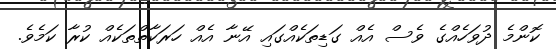
ކޮންމެ ދުވަހެއްގެ ވެސް އެއް ގަޑިތަކެއްގައި އޭނާ އެއް ހަރަކާތްތަކެއް ކުރާ ކަމެވެ.